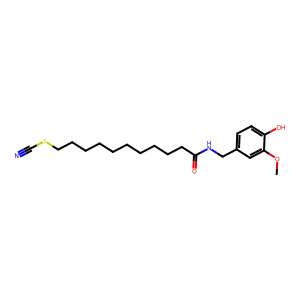
SMILES: COc1cc(CNC(=O)CCCCCCCCCCSC#N)ccc1O
Inhibits HIV replication: No